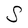
Character: S